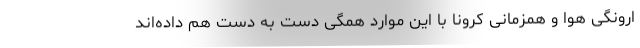
ارونگی هوا و همزمانی کرونا با این موارد همگی دست به دست هم داده‌اند